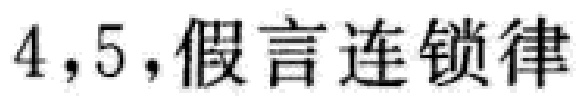
4,5,假言连锁律